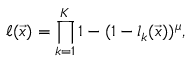
\ell ( \vec { x } ) = \prod _ { k = 1 } ^ { K } 1 - ( 1 - l _ { k } ( \vec { x } ) ) ^ { \mu } ,